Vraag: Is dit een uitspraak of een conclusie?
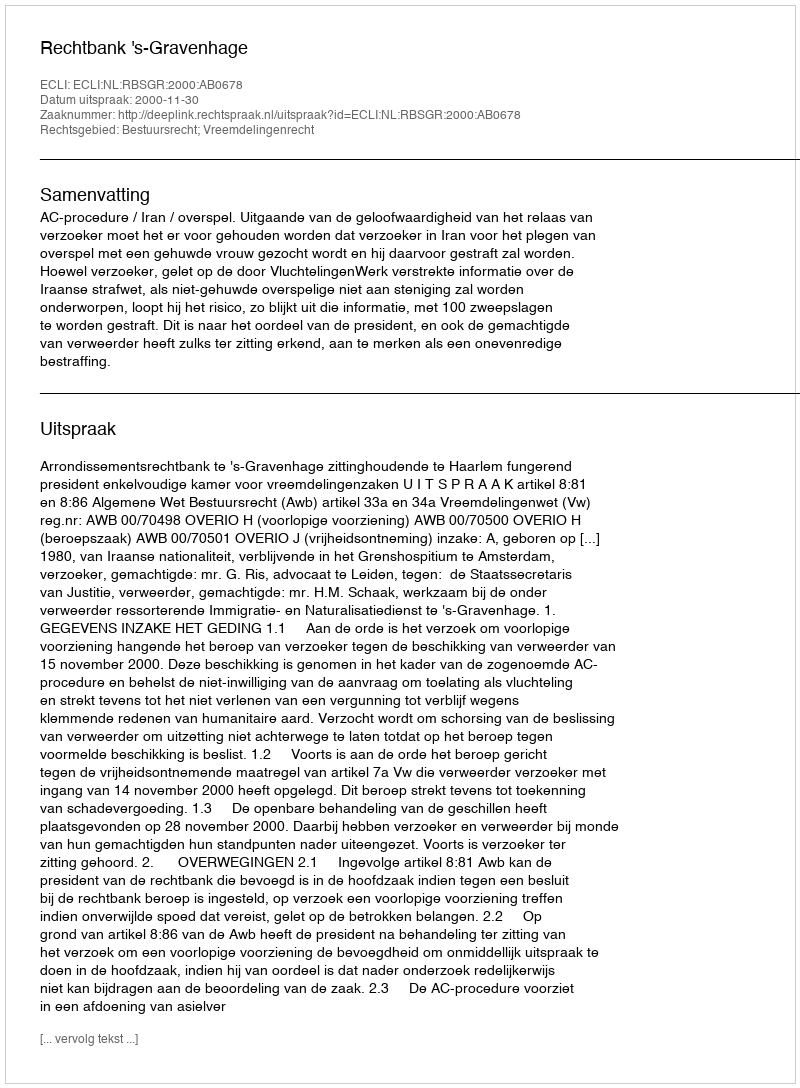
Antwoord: Uitspraak